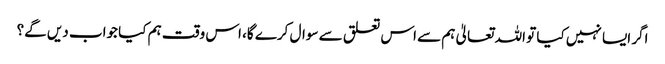
اگر ایسا نہیں کیا تو اللہ تعالیٰ ہم سے اس تعلق سے سوال کرے گا، اس وقت ہم کیا جواب دیں گے؟